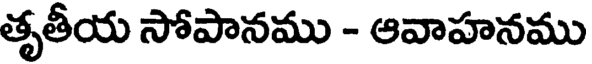
తృతీయ సోపానము - ఆవాహనము